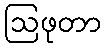
ဩဖုတာ